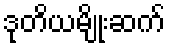
ဒုတိယမျိုးဆက်